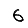
Digit: 6